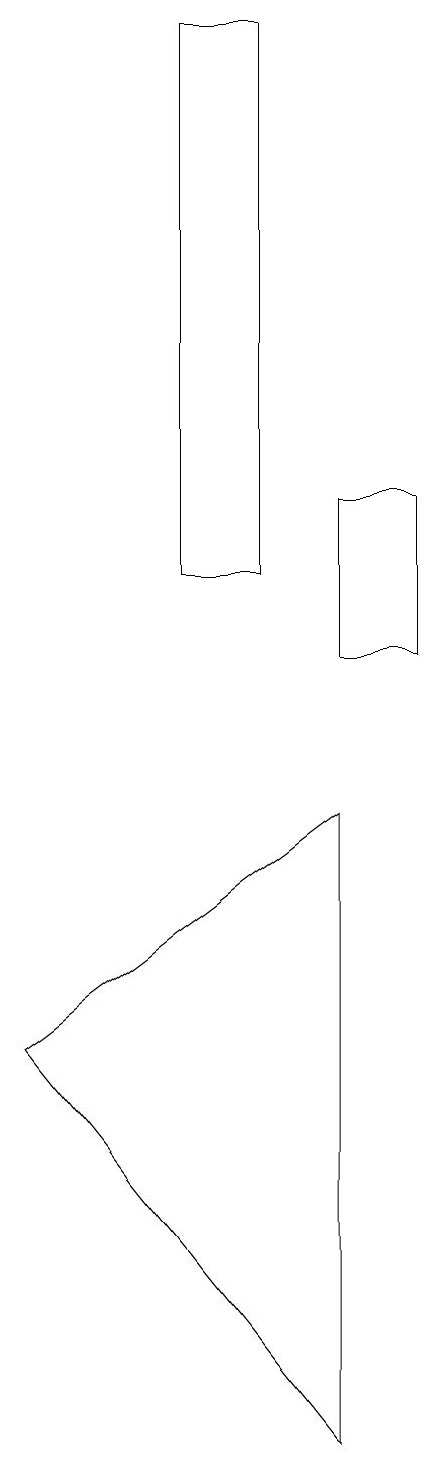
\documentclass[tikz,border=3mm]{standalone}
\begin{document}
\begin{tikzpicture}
\draw (9,10) rectangle (8,12);
\draw (4,5) -- (8,8) -- (8,0) -- cycle;
\draw (6,11) rectangle (7,18);
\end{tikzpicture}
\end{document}